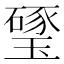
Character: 㻹